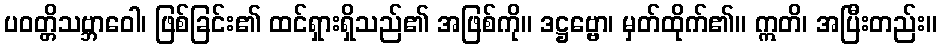
ပဝတ္တိသဗ္ဘာဝေါ၊ ဖြစ်ခြင်း၏ ထင်ရှားရှိသည်၏ အဖြစ်ကို။ ဒဋ္ဌဗ္ဗော၊ မှတ်ထိုက်၏။ ဣတိ၊ အပြီးတည်း။